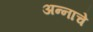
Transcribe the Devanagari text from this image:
अन्‍नाचे